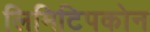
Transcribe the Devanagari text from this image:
लिमिटिपकोन